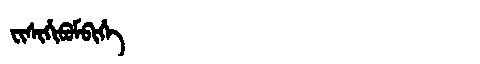
Manchu: ᠸᡳᠰᡳᡥᡳᠪᡠᠮᠪᡳᡥᡝ
Romanization: FISIHIBUMBIHE